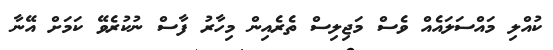
ކުއްލި މައްސަލައެއް ވެސް މަޖިލިސް ތެރެއިން މިހާރު ފާސް ނުކުރެވޭ ކަމަށް އޭނާ